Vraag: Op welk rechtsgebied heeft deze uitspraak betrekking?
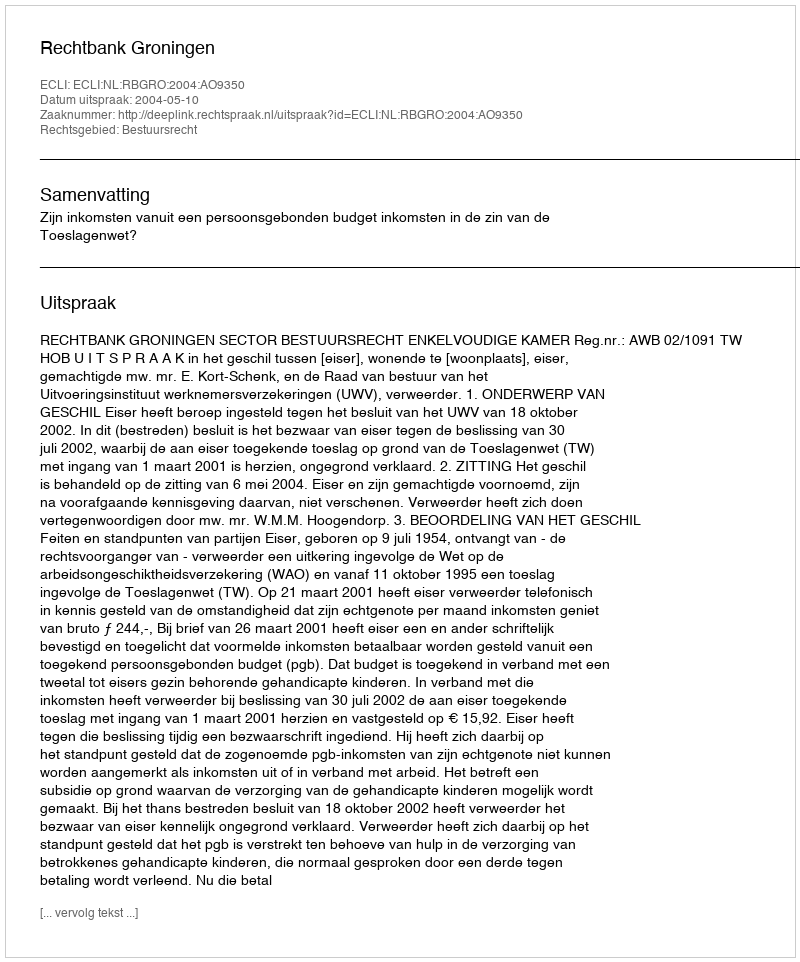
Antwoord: Bestuursrecht